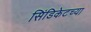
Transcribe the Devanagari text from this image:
सिंडिकेटच्या